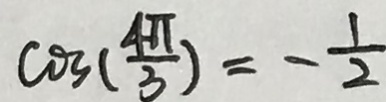
\cos ( \frac { 4 \pi } { 3 } ) = - \frac { 1 } { 2 }